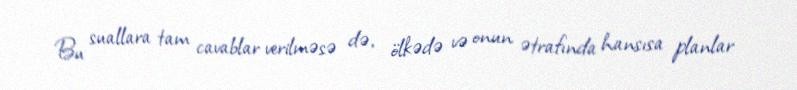
Bu suallara tam cavablar verilməsə də, ölkədə və onun ətrafında hansısa planlar